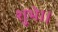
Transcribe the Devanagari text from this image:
शुभे।।